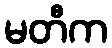
မတီက